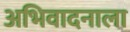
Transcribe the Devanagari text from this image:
अभिवादनाला